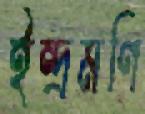
ইন্দ্রমণি